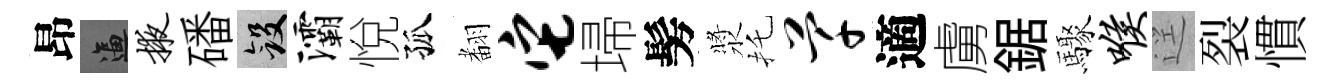
昂逼掖磻斂灞悅孤𮋒它埽髣漿托芊適虜鋸驟喉逕裂慣